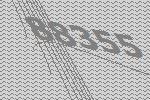
88355